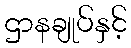
ဌာနချုပ်နှင့်